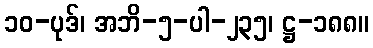
၁၀-ပုဒ်၊ အဘိ-၅-ပါ-၂၃၅၊ ဋ္ဌ-၁၈၈။